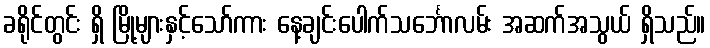
ခရိုင်တွင်း ရှိ မြို့များနှင့်သော်ကား နေ့ချင်းပေါက်သင်္ဘောလမ်း အဆက်အသွယ် ရှိသည်။